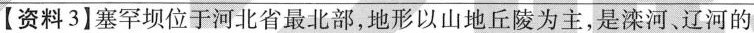
【资料3]塞罕坝位于河北省最北部，地形以山地丘陵为主，是滦河、辽河的